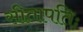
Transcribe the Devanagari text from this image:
सीतापतिः